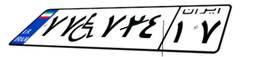
۷۷W۷۲۴۱۷